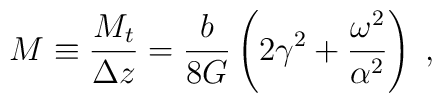
M\equiv\frac{M_{t}}{\Delta z}=\frac{b}{8G}\left(2\gamma^{2}+\frac{\omega^2} {\alpha^2}\right)\; ,